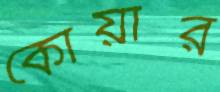
কোয়ার